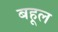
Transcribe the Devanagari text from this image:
बहूल